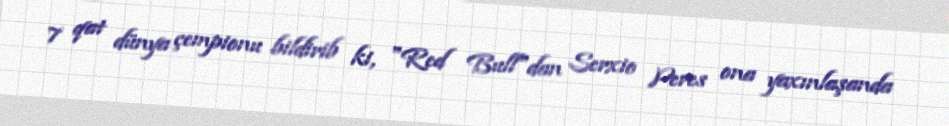
7 qat dünya çempionu bildirib ki, "Red Bull"dan Serxio Peres ona yaxınlaşanda